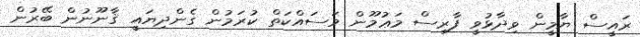
ރައީސް ޔާމީން ވިދާޅުވީ ފާރިސް މަޢުމޫން މަސައްކަތް ކުރަމުން ގެންދިޔައީ ޤާނޫނުން ބޭރުން